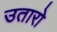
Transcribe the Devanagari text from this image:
उतारो